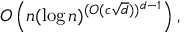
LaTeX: O \left( n ( \log n ) ^ { ( O ( c { \sqrt { d } } ) ) ^ { d - 1 } } \right) ,